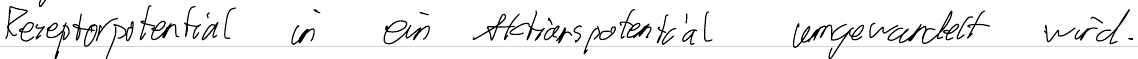
Rezeptorpotential in ein Aktionspotential umgewandelt wird.